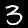
Digit: 3